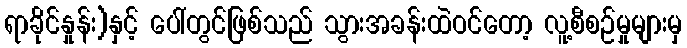
ရာခိုင်နှုန်း)နှင့် ပေါ်တွင်ဖြစ်သည် သွားအခန်းထဲဝင်တော့ လူ့စီစဉ်မှုများမှ